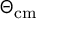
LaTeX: \Theta _ { \mathrm { c m } }